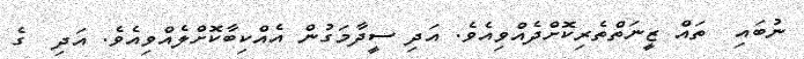
ނުބައި  ތައް ޒީނަތްތެރިކޮށްދެއްވިއެވެ. އަދި ސީދާމަގުން އެއްކިބާކޮށްލެއްވިއެވެ. އަދި  ގެ